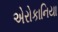
એરોકાનિયા